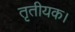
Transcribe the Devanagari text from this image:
तृतीयक।